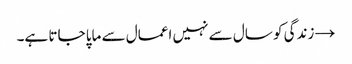
→	زندگی کو سال سے نہیں اعمال سے ماپا جاتا ہے۔